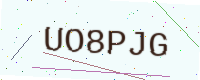
Text: UO8PJG